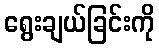
ရွေးချယ်ခြင်းကို